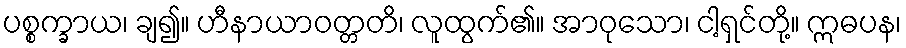
ပစ္စက္ခာယ၊ ချ၍။ ဟီနာယာဝတ္တတိ၊ လူထွက်၏။ အာဝုသော၊ ငါ့ရှင်တို့။ ဣဓပန၊